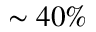
\sim 4 0 \%